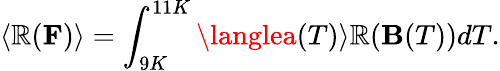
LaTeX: \langle\mathbb{R}({\mathbf{F}})\rangle=\int_{9K}^{11K}\langlea(T)\rangle\mathbb{R}({\mathbf{B}}(T))dT.